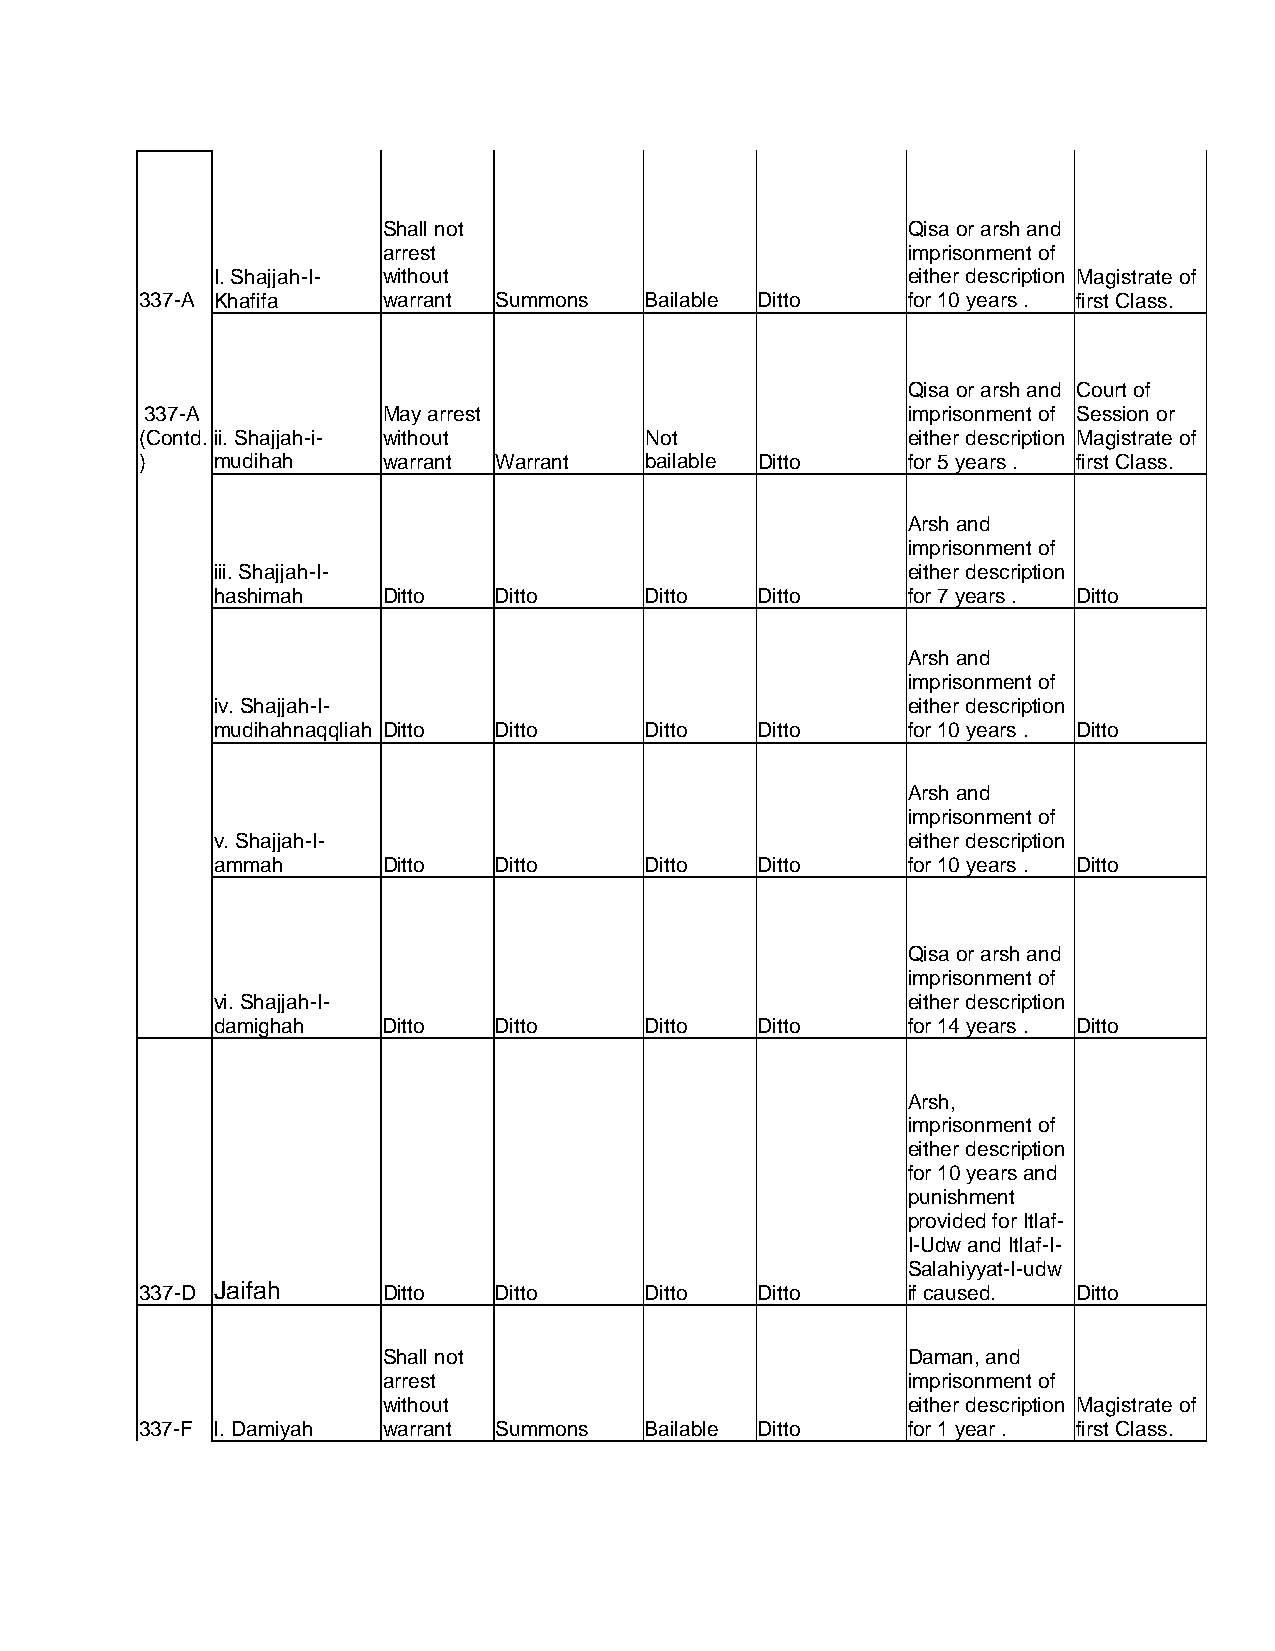
Shall not                          Qisa or arsh and
 arrest                             imprisonment of
 I. Shajjah-I- without                         either description Magistrate of
 337-A Khafifa   warrant Summons   Bailable Ditto   for 10 years . first Class.
 Qisa or arsh and Court of
 337-A          May arrest                         imprisonment of Session or
 (Contd. ii. Shajjah-i- without    Not              either description Magistrate of
 )    mudihah    warrant Warrant   bailable Ditto   for 5 years . first Class.
 Arsh and
 imprisonment of
 iii. Shajjah-I-                               either description
 hashimah   Ditto   Ditto     Ditto  Ditto     for 7 years . Ditto
 Arsh and
 imprisonment of
 iv. Shajjah-I-                                either description
 mudihahnaqqliah Ditto Ditto  Ditto  Ditto     for 10 years . Ditto
 Arsh and
 imprisonment of
 v. Shajjah-I-                                 either description
 ammah      Ditto   Ditto     Ditto  Ditto     for 10 years . Ditto
 Qisa or arsh and
 imprisonment of
 vi. Shajjah-I-                                either description
 damighah   Ditto   Ditto     Ditto  Ditto     for 14 years . Ditto
 Arsh,
 imprisonment of
 either description
 for 10 years and
 punishment
 provided for Itlaf-
 I-Udw and Itlaf-I-
 Salahiyyat-I-udw
 337-D Jaifah    Ditto   Ditto     Ditto  Ditto     if caused. Ditto
 Shall not                          Daman, and
 arrest                             imprisonment of
 without                            either description Magistrate of
 337-F I. Damiyah warrant Summons  Bailable Ditto   for 1 year . first Class.